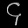
Digit: ၄